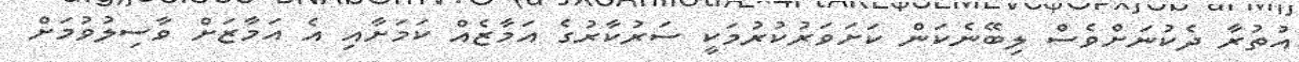
އުތުރާ ދެކުނަށްވެސް ލިބޭނެކަން ކަށަވަރުކުރުމަކީ ސަރުކާރުގެ އަމާޒެއް ކަމަށާއި އެ އަމާޒަށް ވާސިލުވުމަށް